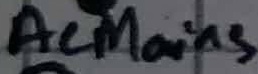
Text: ACMains